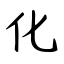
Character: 化